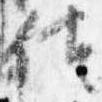
佐